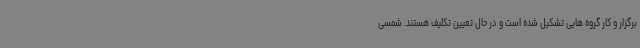
برگزار و کار گروه هایی تشکیل شده است و در حال تعیین تکلیف هستند. شمسی